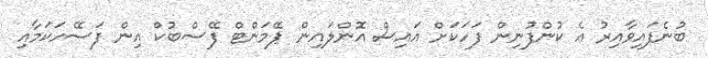
ބުނެފައިވާއިރު އެ ކުންފުނިން ފަހަކަށް އައިސް އޮންލައިން ޕޭމަންޓް ފޭސްބުކް އިން ފަސޭހަކަމާއި